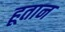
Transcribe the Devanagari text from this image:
हूतान